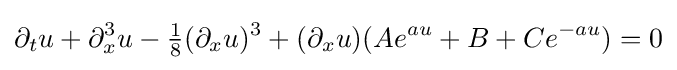
\displaystyle \partial _{t}u+\partial _{x}^{3}u-{\tfrac {1}{8}}(\partial _{x}u)^{3}+(\partial _{x}u)(Ae^{au}+B+Ce^{-au})=0